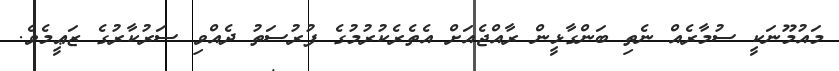
މައުމޫނަކީ ސުމާރެއް ނެތި ބަންގާޅީން ރާއްޖެއަށް އެތެރެކުރުމުގެ ފުރުސަތު ދެއްވި ސަރުކާރުގެ ޒަޢީމެވެ.